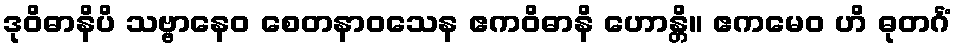
ဒုဝိဓာနိပိ သဗ္ဗာနေဝ စေတနာဝသေန ဧကဝိဓာနိ ဟောန္တိ။ ဧကမေဝ ဟိ ဓုတင်္ဂံ